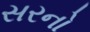
સરનો